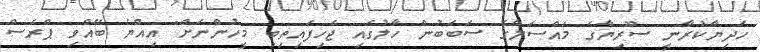
ހަދިޔާކުރާނީ ސޫރިޔާގެ މައްސަލާގެ ސަބަބުން ހާލުގައި ޖެހިފައިތިބި މީހުންނަށް" އިއްޔެ ބޭއްވި ޕްރެސް